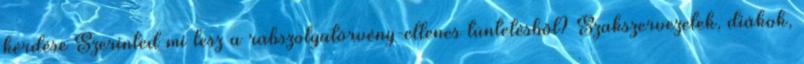
kérdése Szerinted mi lesz a rabszolgatörvény-ellenes tüntetésből? Szakszervezetek, diákok,